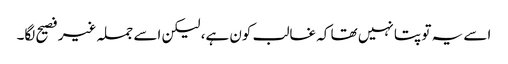
اسے یہ تو پتا نہیں تھا کہ غالب کون ہے، لیکن اسے جملہ غیر فصیح لگا۔